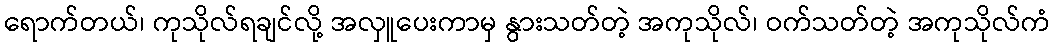
ရောက်တယ်၊ ကုသိုလ်ရချင်လို့ အလှူပေးကာမှ နွားသတ်တဲ့ အကုသိုလ်၊ ဝက်သတ်တဲ့ အကုသိုလ်ကံ